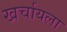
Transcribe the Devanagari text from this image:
खर्चायला